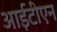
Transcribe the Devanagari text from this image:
आईटीएन